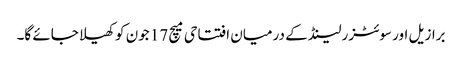
برازیل اور سوئٹزرلینڈ کے درمیان افتتاحی میچ 17 جون کو کھیلا جائے گا۔